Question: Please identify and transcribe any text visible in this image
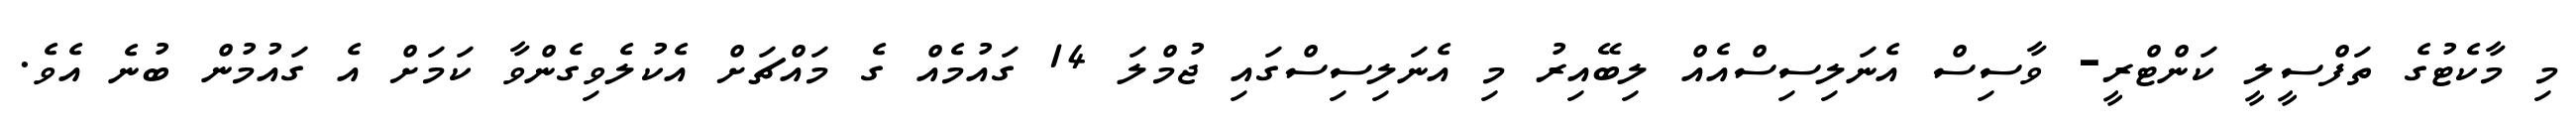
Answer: މި މާކެޓުގެ ތަފްސީލީ ކަންޓްރީ- ވާސިސް އެނަލިސިސްއެއް ލިބޭއިރު މި އެނަލިސިސްގައި ޖުމްލަ 14 ގައުމެއް ގެ މައްޗަށް އެކުލެވިގެންވާ ކަމަށް އެ ގައުމުން ބުނެ އެވެ.